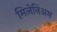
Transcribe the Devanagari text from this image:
मिलेनिअम